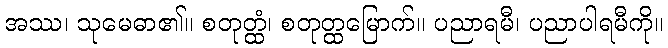
အဿ၊ သုမေဓာ၏။ စတုတ္ထံ၊ စတုတ္ထမြောက်။ ပညာရမီ၊ ပညာပါရမီကို။